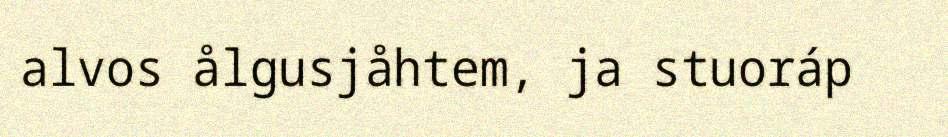
alvos ålgusjåhtem, ja stuoráp